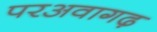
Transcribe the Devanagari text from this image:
परअवागढ़